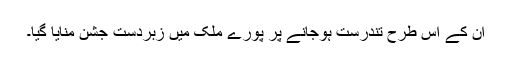
ان کے اس طرح تندرست ہوجانے پر پورے ملک میں زبردست جشن منایا گیا۔